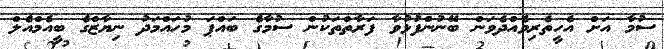
ސުމާ އަށް އެހީތެރިވެއްދެވަން ބޭނުންފުޅުވާ ފަރާތްތަކުން ސުމާގެ ބައްޕަ މުހައްމަދު ނިޔާޒްގެ ބީއެމްއެލް